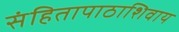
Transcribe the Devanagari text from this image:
संहितापाठाशिवाय